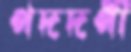
পদদর্পী